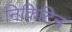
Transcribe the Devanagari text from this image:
निकिटिन